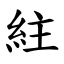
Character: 紸